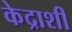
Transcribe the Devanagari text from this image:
केद्राशी